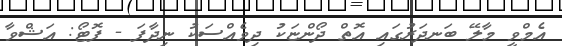
އެމްވީ މާލޭ ބަނދަރުގައި އޮތް ދޯންޏަކު ދިވެއްސަކު ނިދާފަ - ފޮޓޯ: އަޝްވާ